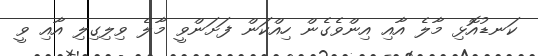
ކަނޑުއޮޅި މާލެ އާއި އިންވެގެން ހިއްކަން ފަށަންވީ މާލެ ވިލިގިލި އާއި ވީ